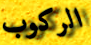
الركوب